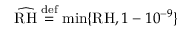
\widehat { \mathrm { R H } } \stackrel { \mathrm { d e f } } { = } \operatorname* { m i n } \{ \mathrm { R H } , 1 - 1 0 ^ { - 9 } \}